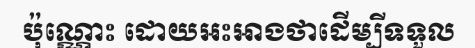
ប៉ុណ្ណោះ ដោយអះអាងថាដើម្បីទទួល